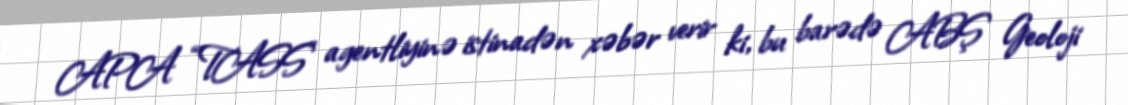
APA “TASS” agentliyinə istinadən xəbər verir ki, bu barədə ABŞ Geoloji